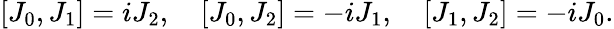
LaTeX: \left[J_{0},J_{1}\right]=iJ_{2},\quad\left[J_{0},J_{2}\right]=-iJ_{1},\quad\left[J_{1},J_{2}\right]=-iJ_{0}.